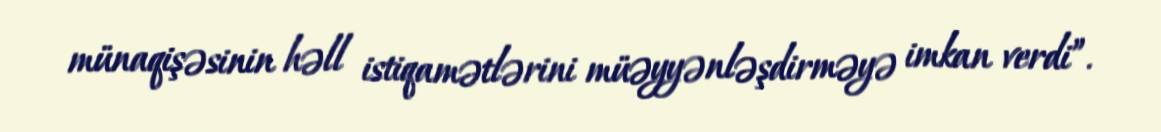
münaqişəsinin həll istiqamətlərini müəyyənləşdirməyə imkan verdi”.